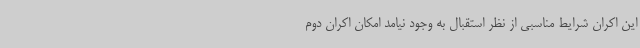
این اکران شرایط مناسبی از نظر استقبال به وجود نیامد امکان اکران دوم